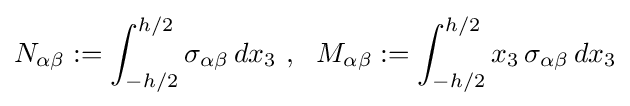
N_{\alpha \beta }:=\int _{-h/2}^{h/2}\sigma _{\alpha \beta }\,dx_{3}~,~~M_{\alpha \beta }:=\int _{-h/2}^{h/2}x_{3}\,\sigma _{\alpha \beta }\,dx_{3}